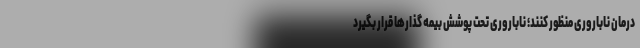
درمان ناباروری منظور کنند؛ ناباروری تحت پوشش بیمه گذارها قرار بگیرد